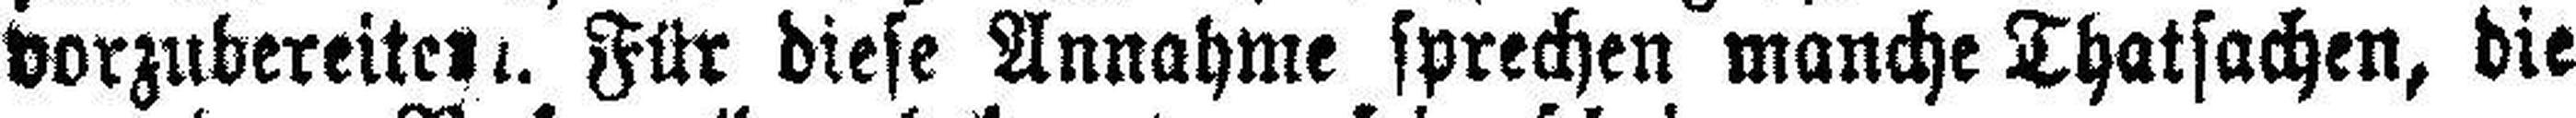
vorzubereiten. Für diese Annahme sprechen manche Thatsachen, die